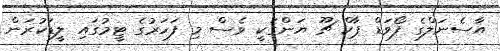
އާސެނަލްގެ ފޯވަޑް ޕާކް ޗޫ ޔަންގަކީ ވެސް މި ފަހަރުގެ ޓީމުގައި ލީޑަކުރަން